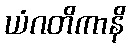
ယံဂတိကာနိ